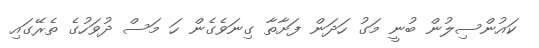
ކައުންސިލުން ބުނީ މަގު ހަދަން ފަށާތާ ގިނަވެގެން ހަ މަސް ދުވަހުގެ ތެރޭގައި